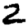
Digit: 2